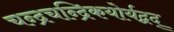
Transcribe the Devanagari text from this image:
चन्द्रचन्द्रिकयोर्यद्वद्